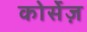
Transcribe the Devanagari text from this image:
कोर्सेज़